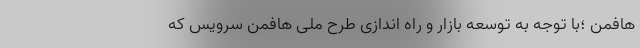
هافمن ؛با توجه به توسعه بازار و راه اندازی طرح ملی هافمن سرویس که